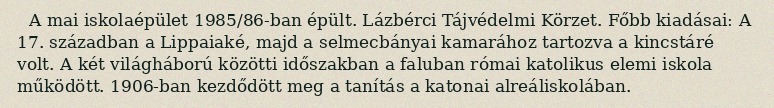
A mai iskolaépület 1985/86-ban épült. Lázbérci Tájvédelmi Körzet. Főbb kiadásai: A 17. században a Lippaiaké, majd a selmecbányai kamarához tartozva a kincstáré volt. A két világháború közötti időszakban a faluban római katolikus elemi iskola működött. 1906-ban kezdődött meg a tanítás a katonai alreáliskolában.